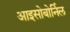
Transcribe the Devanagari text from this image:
आइसोबोर्निल